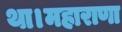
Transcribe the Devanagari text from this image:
था।महाराणा